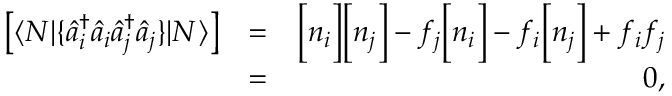
\begin{array} { r l r } { \left[ \langle N | \{ \hat { a } _ { i } ^ { \dagger } \hat { a } _ { i } \hat { a } _ { j } ^ { \dagger } \hat { a } _ { j } \} | N \rangle \right] } & { = } & { \Big [ n _ { i } \Big ] \Big [ n _ { j } \Big ] - f _ { j } \Big [ n _ { i } \Big ] - f _ { i } \Big [ n _ { j } \Big ] + f _ { i } f _ { j } } \\ & { = } & { 0 , } \end{array}